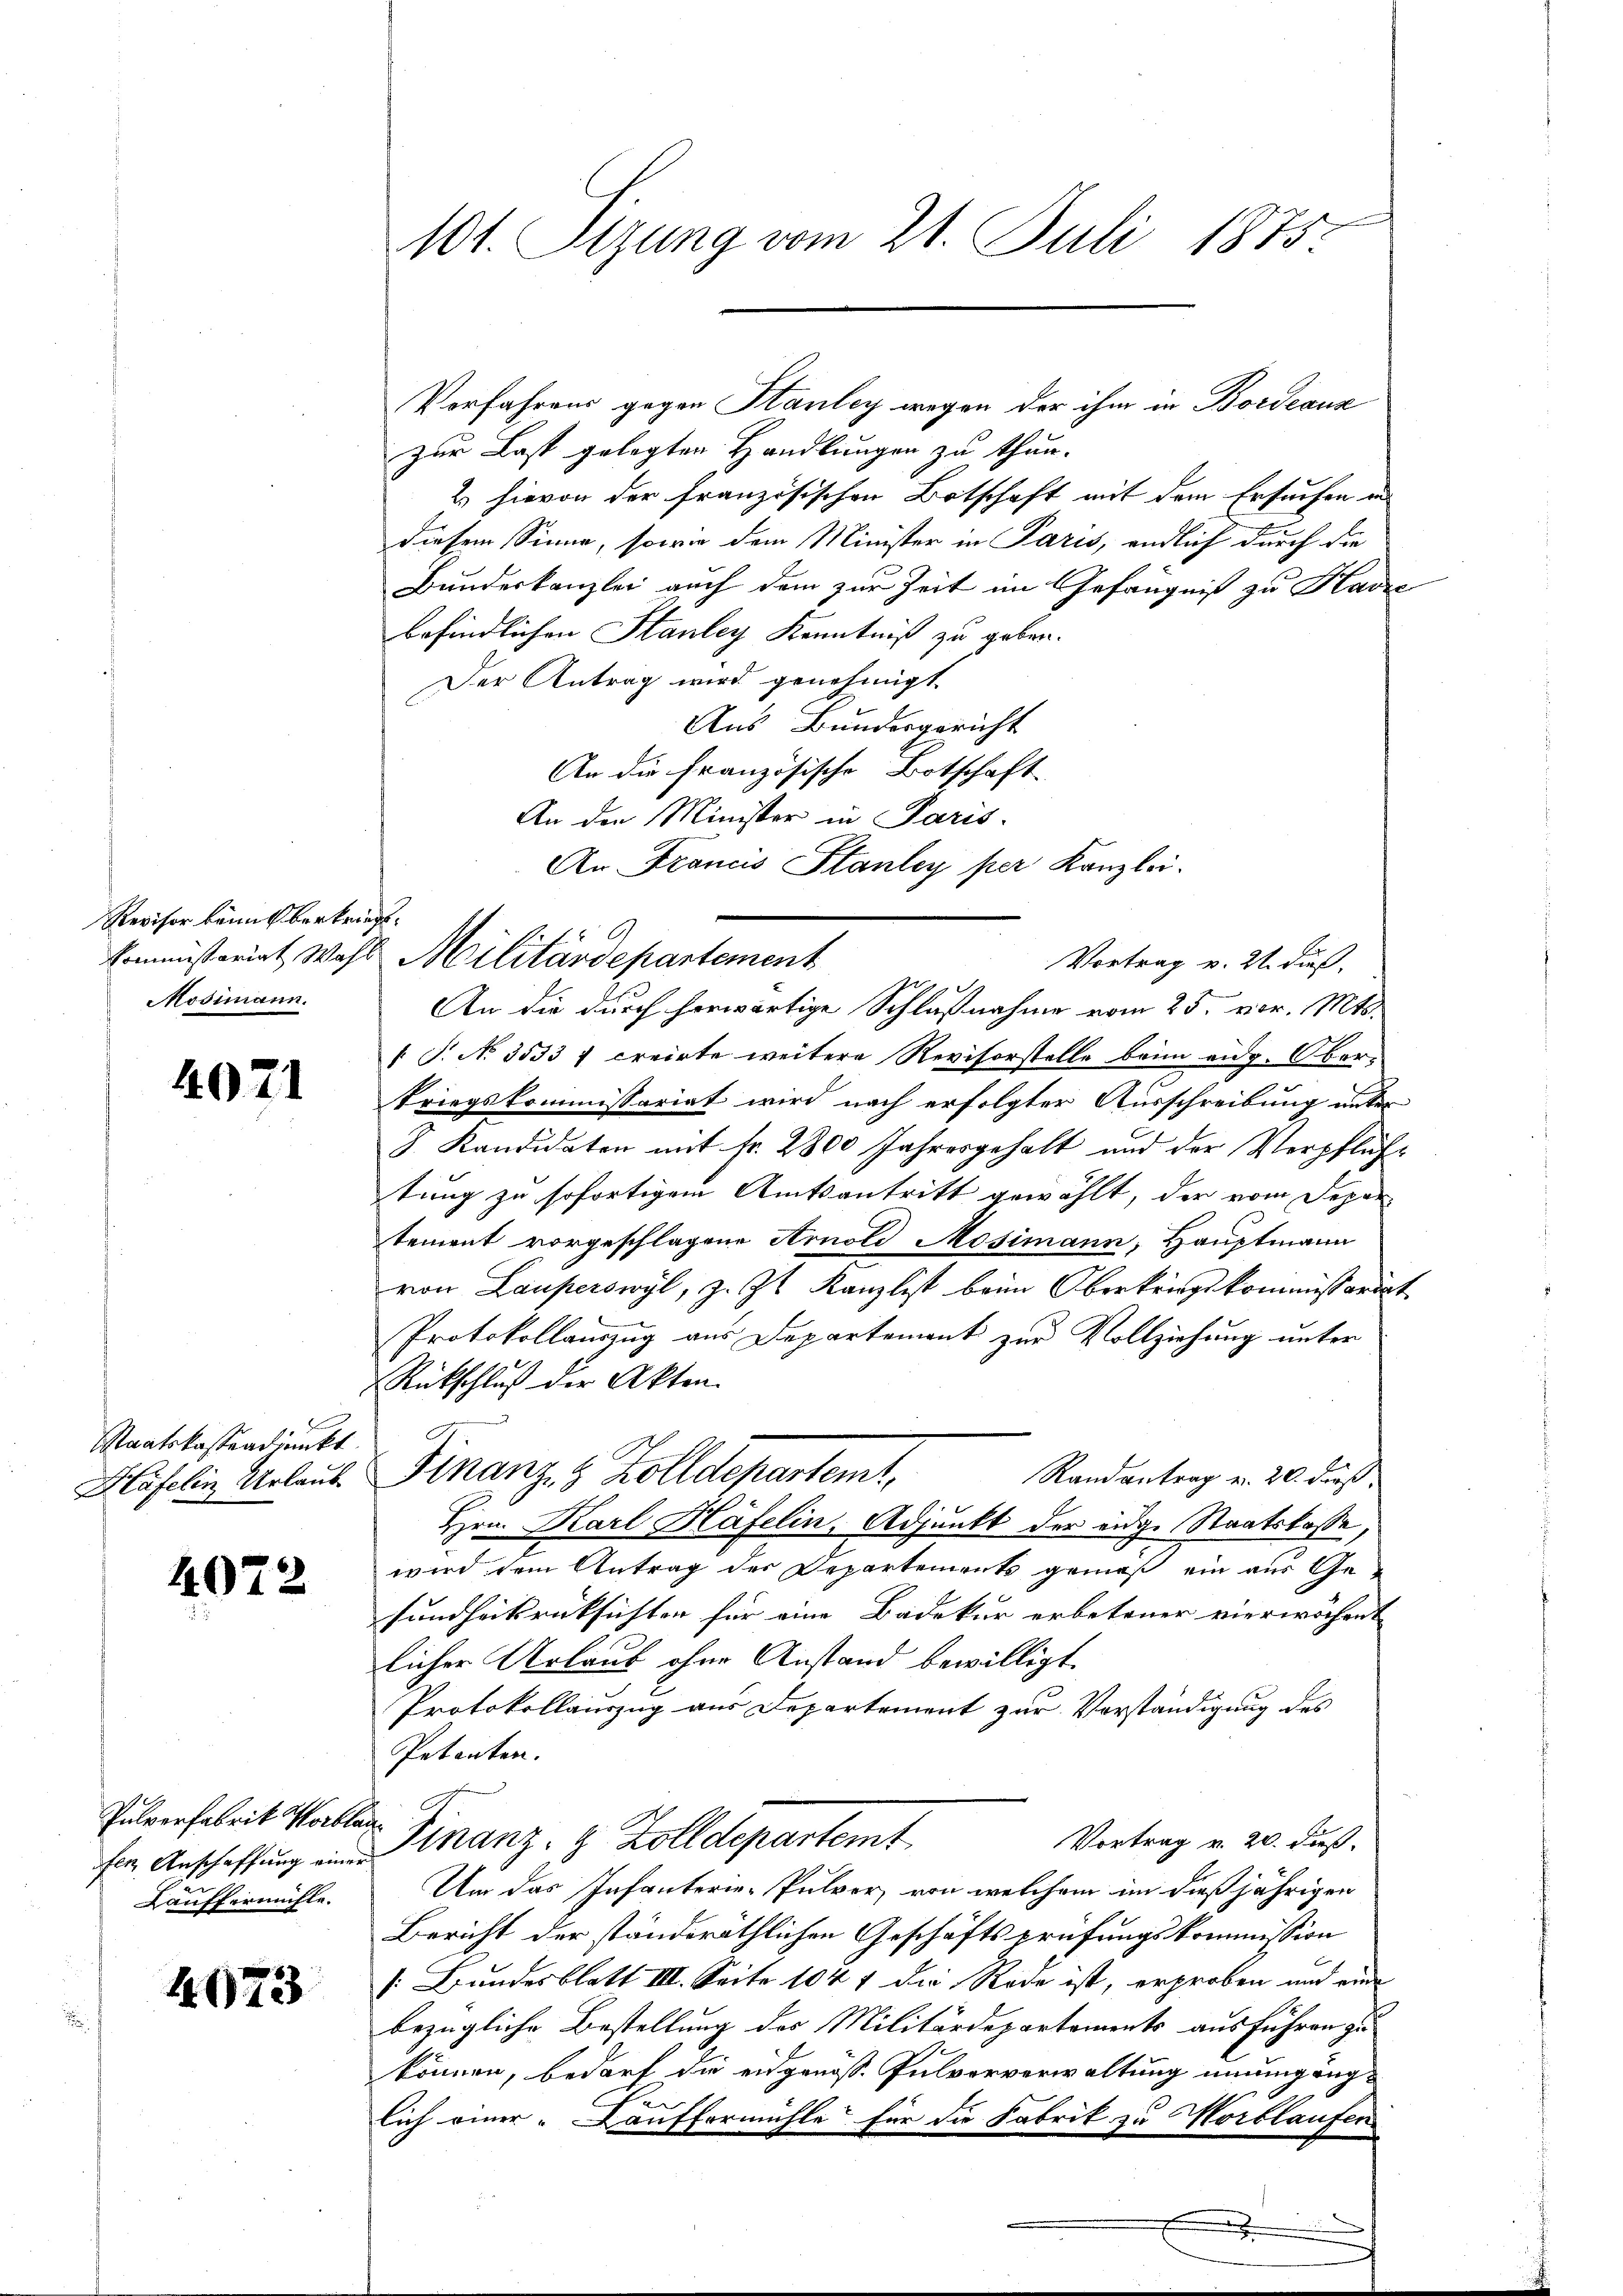
Revisor kann Oberkriegt.
Mosimann.

4021

Staatskassendenkt.
Häfelin Urlaub

4072

fen Anschaffung einer
Läuffermühle.

1073

Vorfahrens gegen Stauley wegen der ihm in Bordeaux
zur Last gelegten Handlungen zu thun.
2. hievon der französischen Botschaft mit dem Ersuchen in
diesem Sinne, sowie dem Minister in Paris, endlich durch die
Bundeskanzlei auch dem zur Zeit im Gefängniß zu Harze
befindlichen Stanley Kenntniß zu geben.
Der Antrag wird genehmigt
Aus Bundesgericht
An die Französische Botschaft
An die Minister in Paris
An Francis Stanley per Kanzlei.
kommissariat Wahl Militärdepartement
Vortrag v. 22. dieß
An die durch herwärtige Schlußnahme vom 25. vor. Mts.
T. No. 3533 f creirte weitere Revisorstelle beim aug. Oberkriegskommissariat wird nach erfolgter Ausschreibung unter
8. Kandidaten mit fr. 2800 Jahresgehalt und der Verpflicht
tung zu sofortigem Amtsantritt gewählt, der vom Departement vorgeschlagene Arnold Mosimann, Hauptmann
von Lauperswyl, z. Zt. Kanzlist beim Oberkriegskommissariat
Protokollauszug aus Departement zur Vollziehung unter
Rückschluß der Akten.
Finanz- & Zolldepartem
Randantrag v. 20. dieß,
Hrn. Karl Häfelin, Adjunkt der eidge Staatskasse,
wird dem Antrag der Departements gemäß ein aus Gesundheitsrücksichten für eine Badekur erbetener vierwochent
licher Urlaub ohne Anstand bewilligt.
Protokollauszug aus Departement zur Vorständigung des
Petenten.
Pulverfabrit Waller Finanz.  Zolldepartemt
Vortrag v. 20. dieß.
Um das Infanterie-Pulver, von welchem im dießjährigen
Bericht der ständeräthlichen Geschäftsprüfungskommission
: Bundesblatt IIII. Seite 1047 die Rede ist, erproben und eine
bezügliche Bestellung des Militärdepartements ausführen zu
können, bedarf die eidgenöß. Pulvorverwaltung unumgäng-
lich einer Kauffermühle für die Fabrik zu Wortlaufen
.

101. Sizung vom 21. Juli 1875.

G